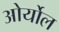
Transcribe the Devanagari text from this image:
ओर्योल